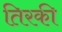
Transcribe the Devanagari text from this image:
तिरकी